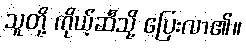
သူတို့ ကိုယ့်ဆီသို့ ပြေးလာ၏။